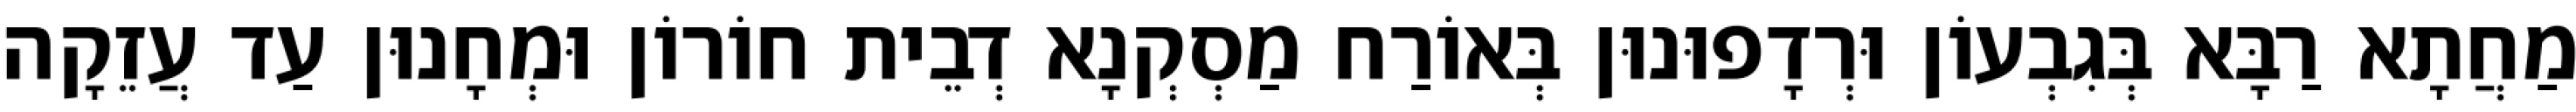
מַחֲתָא רַבָּא בְּגִבְעוֹן וּרְדָפוּנוּן בְּאוֹרַח מַסְקְנָא דְבֵית חוֹרוֹן וּמְחָנוּן עַד עֲזֵקָה